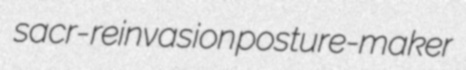
sacr- reinvasion posture-maker